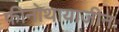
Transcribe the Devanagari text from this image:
फीनोथायाजीन